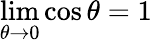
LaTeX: \operatorname*{lim}_{\theta\to 0}{\cos\theta}=1